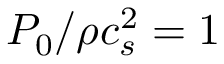
P _ { 0 } / \rho c _ { s } ^ { 2 } = 1